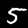
Digit: 5